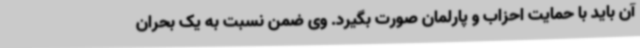
آن باید با حمایت احزاب و پارلمان صورت بگیرد. وی ضمن نسبت به یک بحران